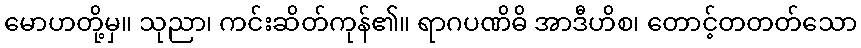
မောဟတို့မှ။ သုညာ၊ ကင်းဆိတ်ကုန်၏။ ရာဂပဏိဓိ အာဒီဟိစ၊ တောင့်တတတ်သော